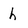
Character: h